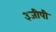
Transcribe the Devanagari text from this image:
३जीपी